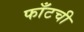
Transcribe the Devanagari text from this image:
फाँटची